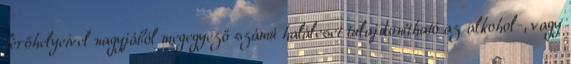
férőhelyeivel nagyjából megegyező számú haláleset tulajdonítható az alkohol-, vagy